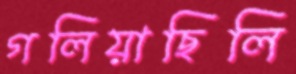
গলিয়াছিলি